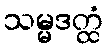
သမ္မဒတ္ထံ